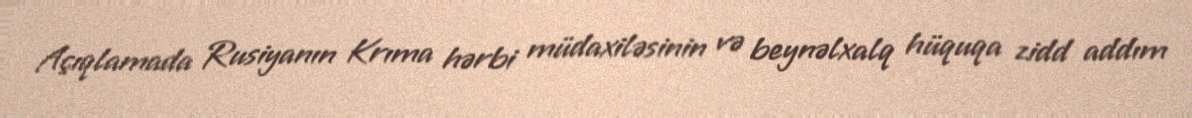
Açıqlamada Rusiyanın Krıma hərbi müdaxiləsinin və beynəlxalq hüquqa zidd addım